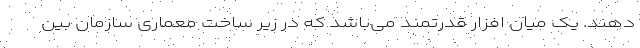
دهند. یک میان افزار قدرتمند می‌باشد که در زیر ساخت معماری سازمان بین